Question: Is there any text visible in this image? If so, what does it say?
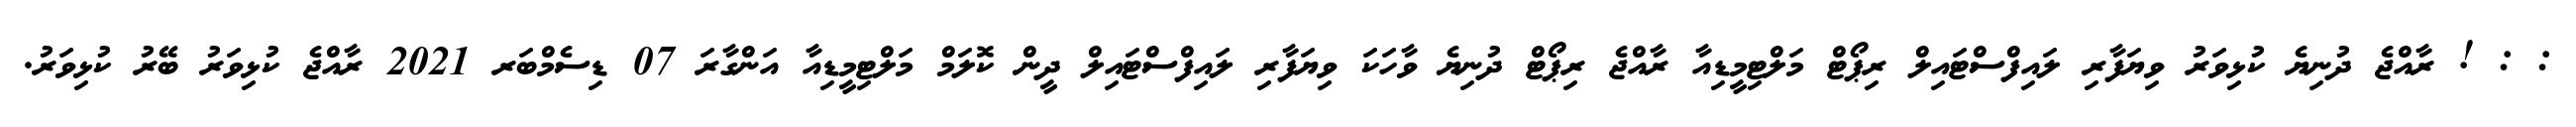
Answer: : : ! ރާއްޖެ ދުނިޔެ ކުޅިވަރު ވިޔަފާރި ލައިފްސްޓައިލް ރިޕޯޓް މަލްޓިމީޑިއާ ރާއްޖެ ރިޕޯޓް ދުނިޔެ ވާހަކަ ވިޔަފާރި ލައިފްސްޓައިލް ދީން ކޮލަމް މަލްޓިމީޑިއާ އަންގާރަ 07 ޑިސެމްބަރ 2021 ރާއްޖެ ކުޅިވަރު ބޭރު ކުޅިވަރު.